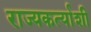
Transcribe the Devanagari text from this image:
राज्यकर्त्याशी